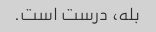
بله، درست است.